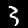
Label: 3